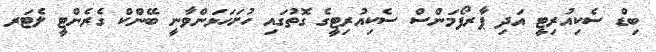
ބިޑް ސެކިއުރިޓީ އަދި ޕާރފޯމަންސް ސެކިއުރިޓީގެ ގޮތުގައި ހުށަހަޅަންވާނީ ބޭންކް ގެރެންޓީ ލެޓަރ